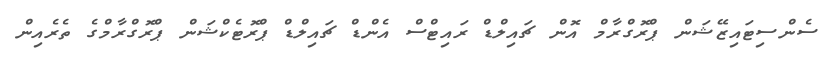
ސެންސިޓައިޒޭޝަން ޕްރޮގްރާމް އޮން ޗައިލްޑް ރައިޓްސް އެންޑް ޗައިލްޑް ޕްރޮޓެކްޝަން ޕްރޮގްރާމްގެ ތެރެއިން